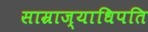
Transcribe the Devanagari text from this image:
साम्राज्याधिपति